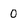
Character: 0